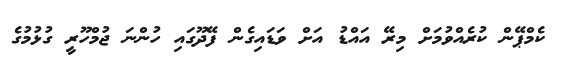
ކެމްޕޭން ކުރެއްވުމަށް މިރޭ އައްޑު އަށް ވަޑައިގެން ފޭދޫގައި ހުންނަ ޖުމްހޫރީ ގުޅުމުގެ